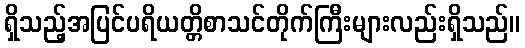
ရှိသည့်အပြင်ပရိယတ္တိစာသင်တိုက်ကြီးများလည်းရှိသည်။